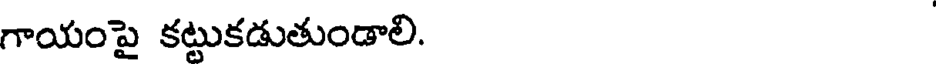
గాయంపై కట్టుకడుతుండాలి.